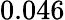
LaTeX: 0.046